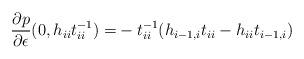
LaTeX: \begin{align*} \frac{\partial p}{\partial \epsilon}(0,h_{ii}t_{ii}^{-1}) =& - t_{ii}^{-1}(h_{i-1,i}t_{ii} - h_{ii}t_{i-1,i})\\ \end{align*}